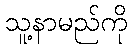
သူ့နာမည်ကို